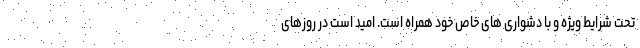
تحت شرایط ویژه و با دشواری های خاص خود همراه است. امید است در روزهای